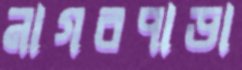
নাগরপাড়া